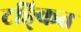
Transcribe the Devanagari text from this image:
टङ्कित